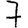
Digit: 7